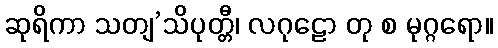
ဆုရိကာ သတျ’သိပုတ္တီ၊ လဂုဠော တု စ မုဂ္ဂရော။